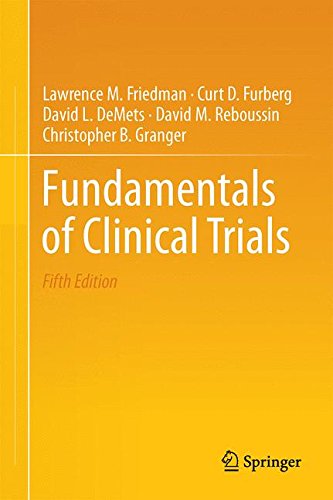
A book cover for Fundamentals of Clinical Trials; Lawrence M. Friedman; Medical Books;